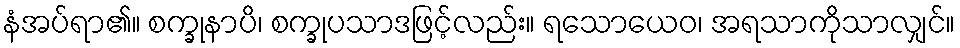
နံအပ်ရာ၏။ စက္ခုနာပိ၊ စက္ခုပသာဒဖြင့်လည်း။ ရသောယေဝ၊ အရသာကိုသာလျှင်။